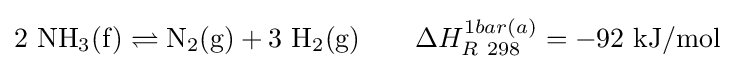
\mathrm {2\ NH_{3}(f)\rightleftharpoons N_{2}(g)+3\ H_{2}(g)} \qquad \Delta H_{R\ 298}^{1bar(a)}=-92\ \mathrm {kJ/mol}